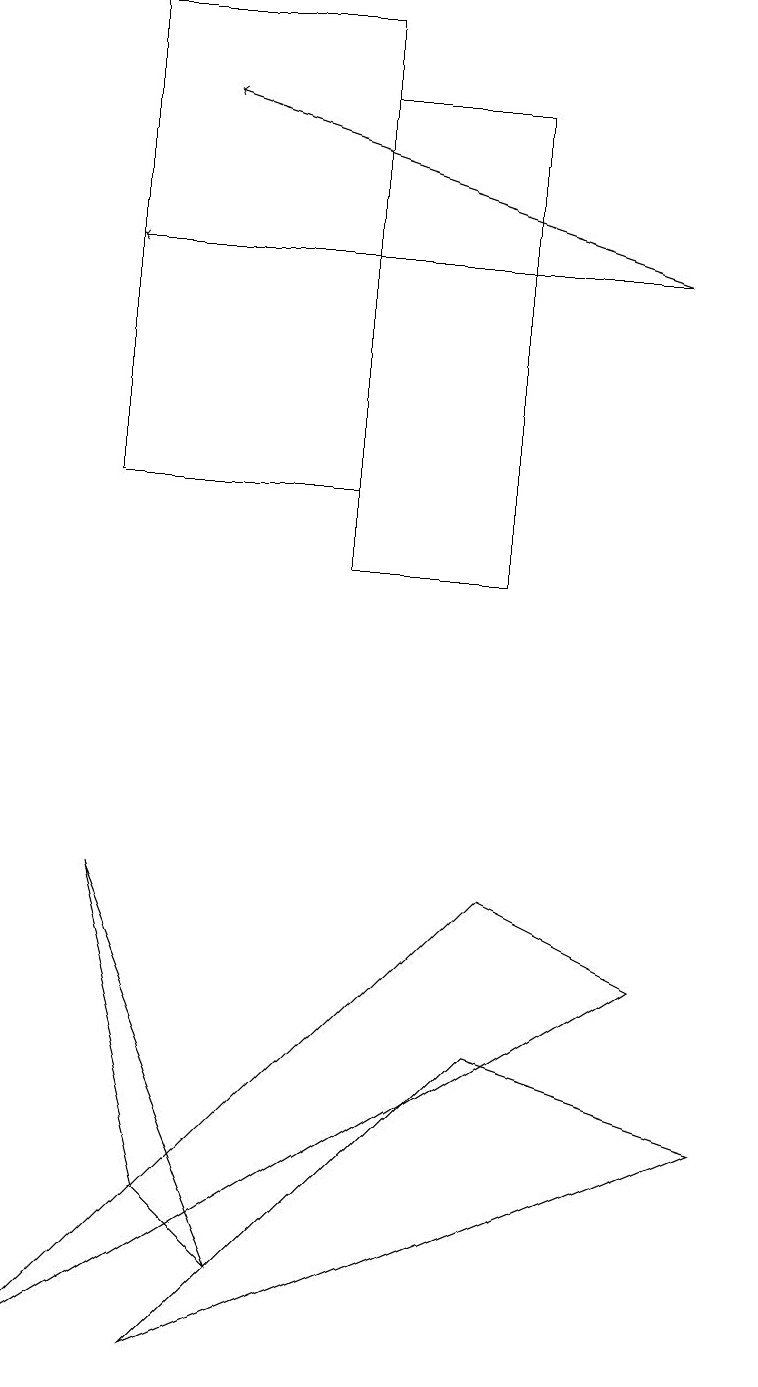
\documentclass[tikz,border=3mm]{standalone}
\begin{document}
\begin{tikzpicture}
\draw (2,0) -- (6,4) -- (9,3) -- cycle;
\draw[->] (8,14) -- (2,16);
\draw[->] (8,14) -- (1,14);
\draw (4,16) rectangle (6,10);
\draw (3,1) -- (1,6) -- (2,2) -- cycle;
\draw (1,11) rectangle (4,17);
\draw (0,0) -- (8,5) -- (6,6) -- cycle;
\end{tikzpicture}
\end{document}